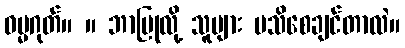
ဓမ္မဂုတ်။ ။ ဘာပြုလို့ သူများ မသိစေချင်တာလဲ။